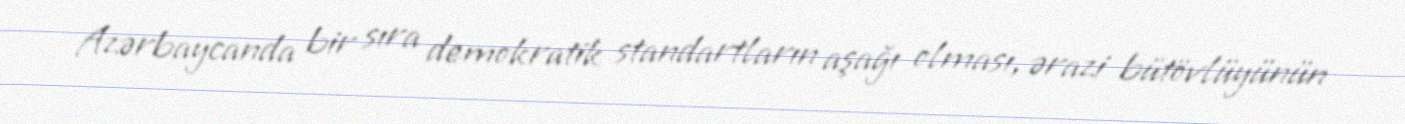
Azərbaycanda bir sıra demokratik standartların aşağı olması, ərazi bütövlüyünün